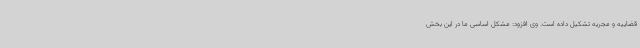
قضاییه و مجریه تشکیل داده است. وی افزود: مشکل اساسی ما در این بخش